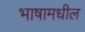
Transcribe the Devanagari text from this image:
भाषामधील